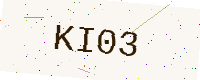
Text: KI03